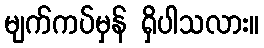
မျက်ကပ်မှန် ရှိပါသလား။